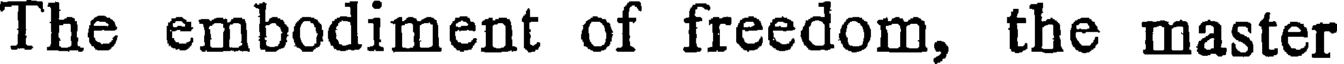
The embodiment of freedom, the master